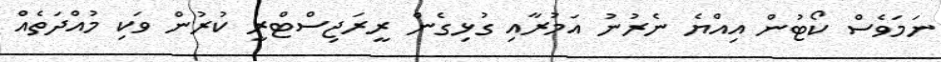
ނަމަވެސް ކޯޓުން އިއްޔެ ނެރުނު އަމުރާއި ގުޅިގެން ރީރަޖިސްޓްރީ ކުރުން ވަކި މުއްދަތެއް